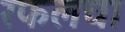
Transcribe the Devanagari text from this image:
रफलचा